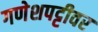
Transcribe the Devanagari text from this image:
गणेशपट्टीवर